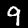
Label: 9